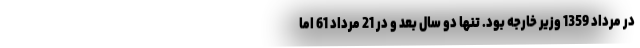
در مرداد 1359 وزیر خارجه بود. تنها دو سال بعد و در 21 مرداد 61 اما